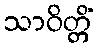
သာဝိတ္တိံ